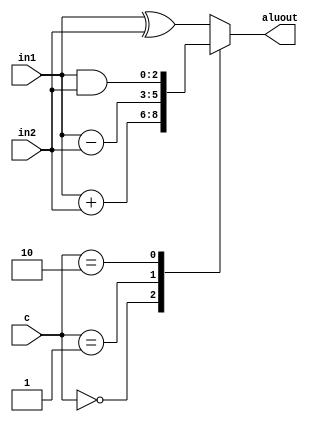
`timescale 1ns / 1ps
//////////////////////////////////////////////////////////////////////////////////
// Company: 
// Engineer: 
// 
// Design Name: 
// Module Name: ALU
// Project Name: 
// Target Devices: 
// Tool Versions: 
// Description: 
// 
// Dependencies: 
// 
// Revision:
// Revision 0.01 - File Created
// Additional Comments:
// 
//////////////////////////////////////////////////////////////////////////////////


module ALU (in1, in2, c, aluout);
//Taken from Donald Hung's Lab 7 Assignment

input [2:0] in1, in2; 
input [1:0] c; 
output reg [2:0] aluout;

always @ (in1, in2, c)
	begin
 	case (c)   
 		2'b00:  aluout = in1 + in2;   
 		2'b01:  aluout = in1 - in2;   
 		2'b10:   aluout = in1 & in2;   
 		default:  aluout = in1 ^ in2; // 2'b11;
 endcase 
 end

endmodule